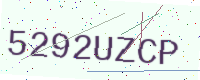
Text: 5292UZCP